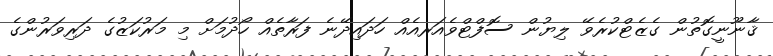
ޤާނޫނީގޮތުން ގެޒެޓްކުރެވޭ ލިޔުން ސޮފްޓްވެއަރއެއް ހަދައިދޭނެ ފަރާތެއް ހޯދުމަށް މި މަރުކަޒުގެ ދަރިވަރުންގެ